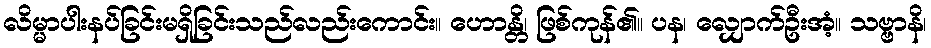
လိမ္မာပါးနပ်ခြင်းမရှိခြင်းသည်လည်းကောင်း။ ဟောန္တိ၊ ဖြစ်ကုန်၏။ ပန၊ လျှောက်ဦးအံ့။ သဗ္ဗာနိ၊